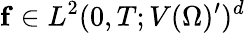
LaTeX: \mathbf{f}\in L^{2}(0,T;V(\Omega)^{\prime})^{d}